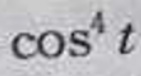
\(\cos^{4}t\)